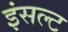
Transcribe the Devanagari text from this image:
इंसल्ट